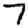
Digit: 7